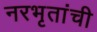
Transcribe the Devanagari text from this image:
नरभृतांची